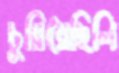
চুয়িয়েছিলি